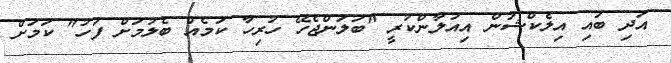
އަދި ބައި އިލެކްޝަން އިއުލާންކުރީ "ބަލަންޖެހޭ ހުރިހާ ކަމެއް ބެލުމަށް ފަހު" ކަމަށް